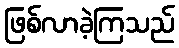
ဖြစ်လာခဲ့ကြသည်